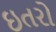
ઇતરો